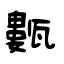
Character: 甊